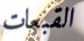
القبعات